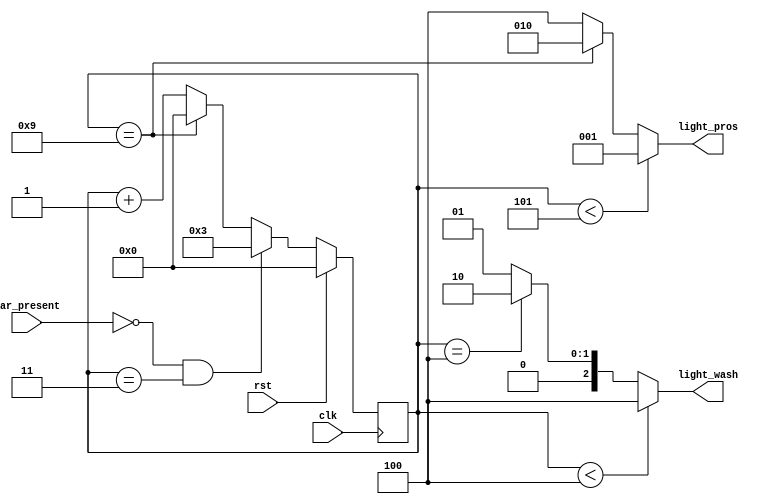
//==============================================================================
// Stoplight Module for Lab 4
//
// Note on lights:
// 	Each bit represents the on/off signal for a light.
// 	Bit | Light
// 	------------
// 	0   | Red
// 	1   | Yellow
// 	2   | Green
//==============================================================================

module Stoplight(
	input            clk,         // Clock signal
	input            rst,         // Reset signal for FSM
	input            car_present, // Is there a car on Prospect?
	output reg [2:0] light_pros,  // Prospect Avenue Light
	output reg [2:0] light_wash   // Washington Road Light
);

	// Declare Local Vars Here
	reg [3:0] state;
	reg [3:0] next_state;
	// ...

	// Declare State Names 
	localparam STATE_ZERO  = 4'b0000;
	localparam STATE_ONE   = 4'b0001;
	localparam STATE_TWO   = 4'b0010;
	localparam STATE_THREE = 4'b0011;
	localparam STATE_FOUR  = 4'b0100;
	localparam STATE_FIVE  = 4'b0101;
	localparam STATE_SIX   = 4'b0110;
	localparam STATE_SEVEN = 4'b0111;
	localparam STATE_EIGHT = 4'b1000;
	localparam STATE_NINE  = 4'b1001;

	// Light Colors
	localparam RED = 3'b001;
	localparam YLW = 3'b010;
	localparam GRN = 3'b100;

	// Output Combinational Logic
	always @( * ) begin
		light_pros = GRN;
		light_wash = RED;

		if(state==STATE_NINE) begin light_pros = YLW; end	
		if(state <STATE_FIVE) begin light_pros = RED; end
		
		if(state==STATE_FOUR) begin light_wash = YLW; end
		if(state <STATE_FOUR) begin light_wash = GRN; end

	end

	// Next State Combinational Logic
	always @( * ) begin
		// Write your Next State Logic Here
		if (!car_present && state == STATE_THREE) begin next_state = STATE_THREE; end
		else if (state == STATE_NINE) begin next_state = STATE_ZERO; end
		else begin next_state = state + 1; end
	end

	// State Update Sequential Logic
	always @(posedge clk) begin
		if (rst) begin
			// Update state to reset state
			state <= STATE_ZERO;
		end
		else begin
			// Update state to next state
			state <= next_state;
		end
	end

endmodule